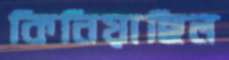
কিনিয়াছিল